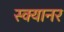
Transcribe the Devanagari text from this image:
स्क्यानर